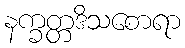
နက္ခတ္တဒိသစောရာ